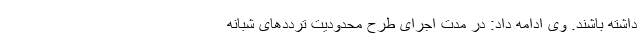
داشته باشند. وی ادامه داد: در مدت اجرای طرح محدودیت ترددهای شبانه